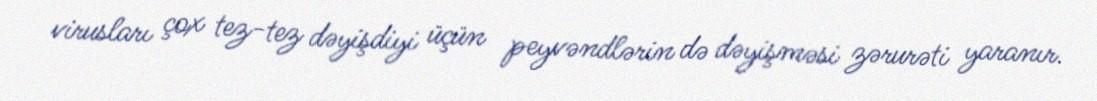
virusları çox tez-tez dəyişdiyi üçün peyvəndlərin də dəyişməsi zərurəti yaranır.